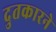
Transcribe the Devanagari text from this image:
दुतकारने